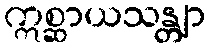
ဣစ္ဆာယသန္တျာ